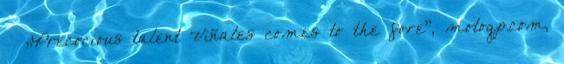
↑ „Precocious talent Viñales comes to the fore”, motogp.com,